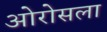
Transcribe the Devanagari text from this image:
ओरोसला